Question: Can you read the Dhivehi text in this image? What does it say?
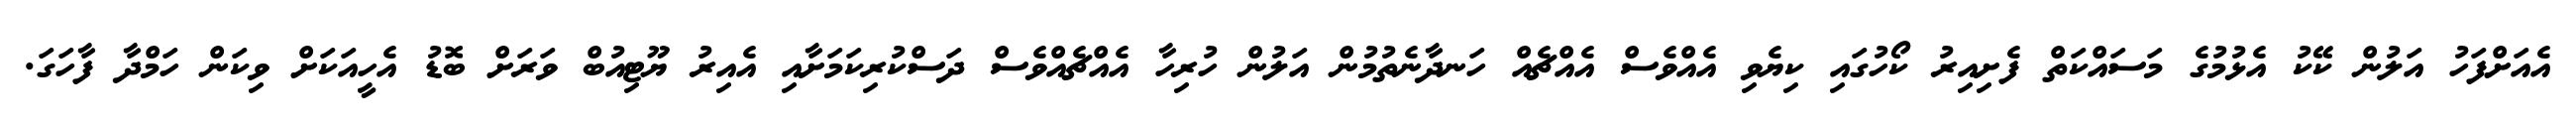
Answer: އެއަށްފަހު އަލުން ކޭކު އެޅުމުގެ މަސައްކަތް ފެށިއިރު ކޯހުގައި ކިޔެވި އެއްވެސް އެއްޗެއް ހަނދާނެތުމުން އަލުން ހުރިހާ އެއްޗެއްވެސް ދަސްކުރިކަމަށާއި އެއިރު ޔޫޓިއުބް ވަރަށް ބޮޑު އެހީއަކަށް ވިކަން ހަމްދާ ފާހަގަ.